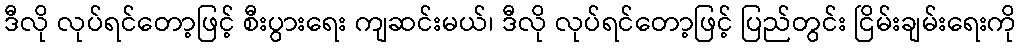
ဒီလို လုပ်ရင်တော့ဖြင့် စီးပွားရေး ကျဆင်းမယ်၊ ဒီလို လုပ်ရင်တော့ဖြင့် ပြည်တွင်း ငြိမ်းချမ်းရေးကို